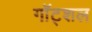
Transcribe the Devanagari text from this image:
गॉट्शल